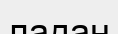
ладан